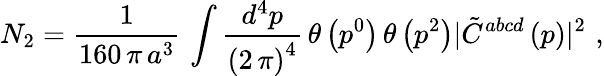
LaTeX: N_{2}=\frac{1}{160\, \pi\, a^{3}}\, \int\frac{d^{4}p}{\left(2\, \pi\right)^{4}}\, \theta\left(p^{0}\right)\, \theta\left(p^{2}\right)\vert{\tilde{C}}^{abcd}\left(p\right)\vert^{2}\, \, ,